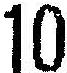
10